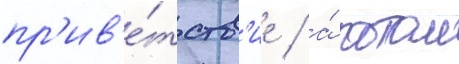
пр'ив'е́тств'ие / а́ потом